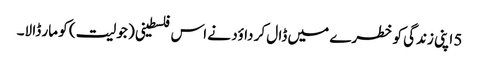
5 اپنی زندگی کو خطرے میں ڈا ل کر داؤد نے اس فلسطینی ( جولیت ) کو مار ڈا لا۔